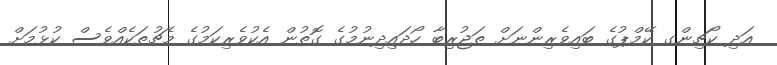
އަދި ކޯޗިންގ ކޭމްޕުގެ ބައިވެރިންނަށް ތަޖުރިބާ ހޯދައިދިނުމުގެ ގޮތުން އެކުވެރިކަމުގެ މެޗުތަކެއްވެސް ކުޅުމަށް